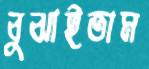
বুঝাইতাম